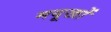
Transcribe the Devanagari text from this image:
मयूखों